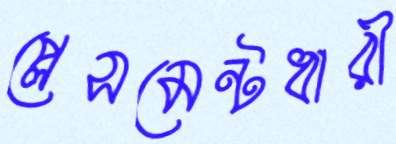
প্লেসমেন্টধারী